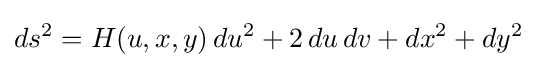
ds^{2}=H(u,x,y)\,du^{2}+2\,du\,dv+dx^{2}+dy^{2}